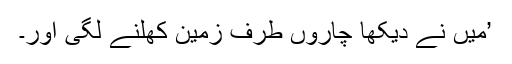
’میں نے دیکھا چاروں طرف زمین کھلنے لگی اور۔